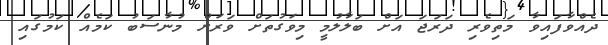
ދެއްވާފައިވާ މަތިވެރި ދަރަޖަ އަށް ބަލާލުމީ މިވަގުތަށް ވަރަށް މުނާސަބު ކަމެއް ކަމުގައި